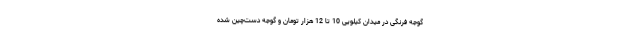
گوجه فرنگی در میدان کیلویی 10 تا 12 هزار تومان و گوجه دست‌چین شده